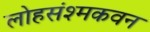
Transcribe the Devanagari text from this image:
लोहसंश्मकवन